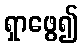
ရှာဖွေ၍